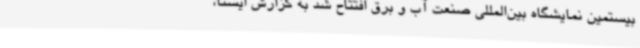
بیستمین نمایشگاه بین‌المللی صنعت آب و برق افتتاح شد به گزارش ایسنا،